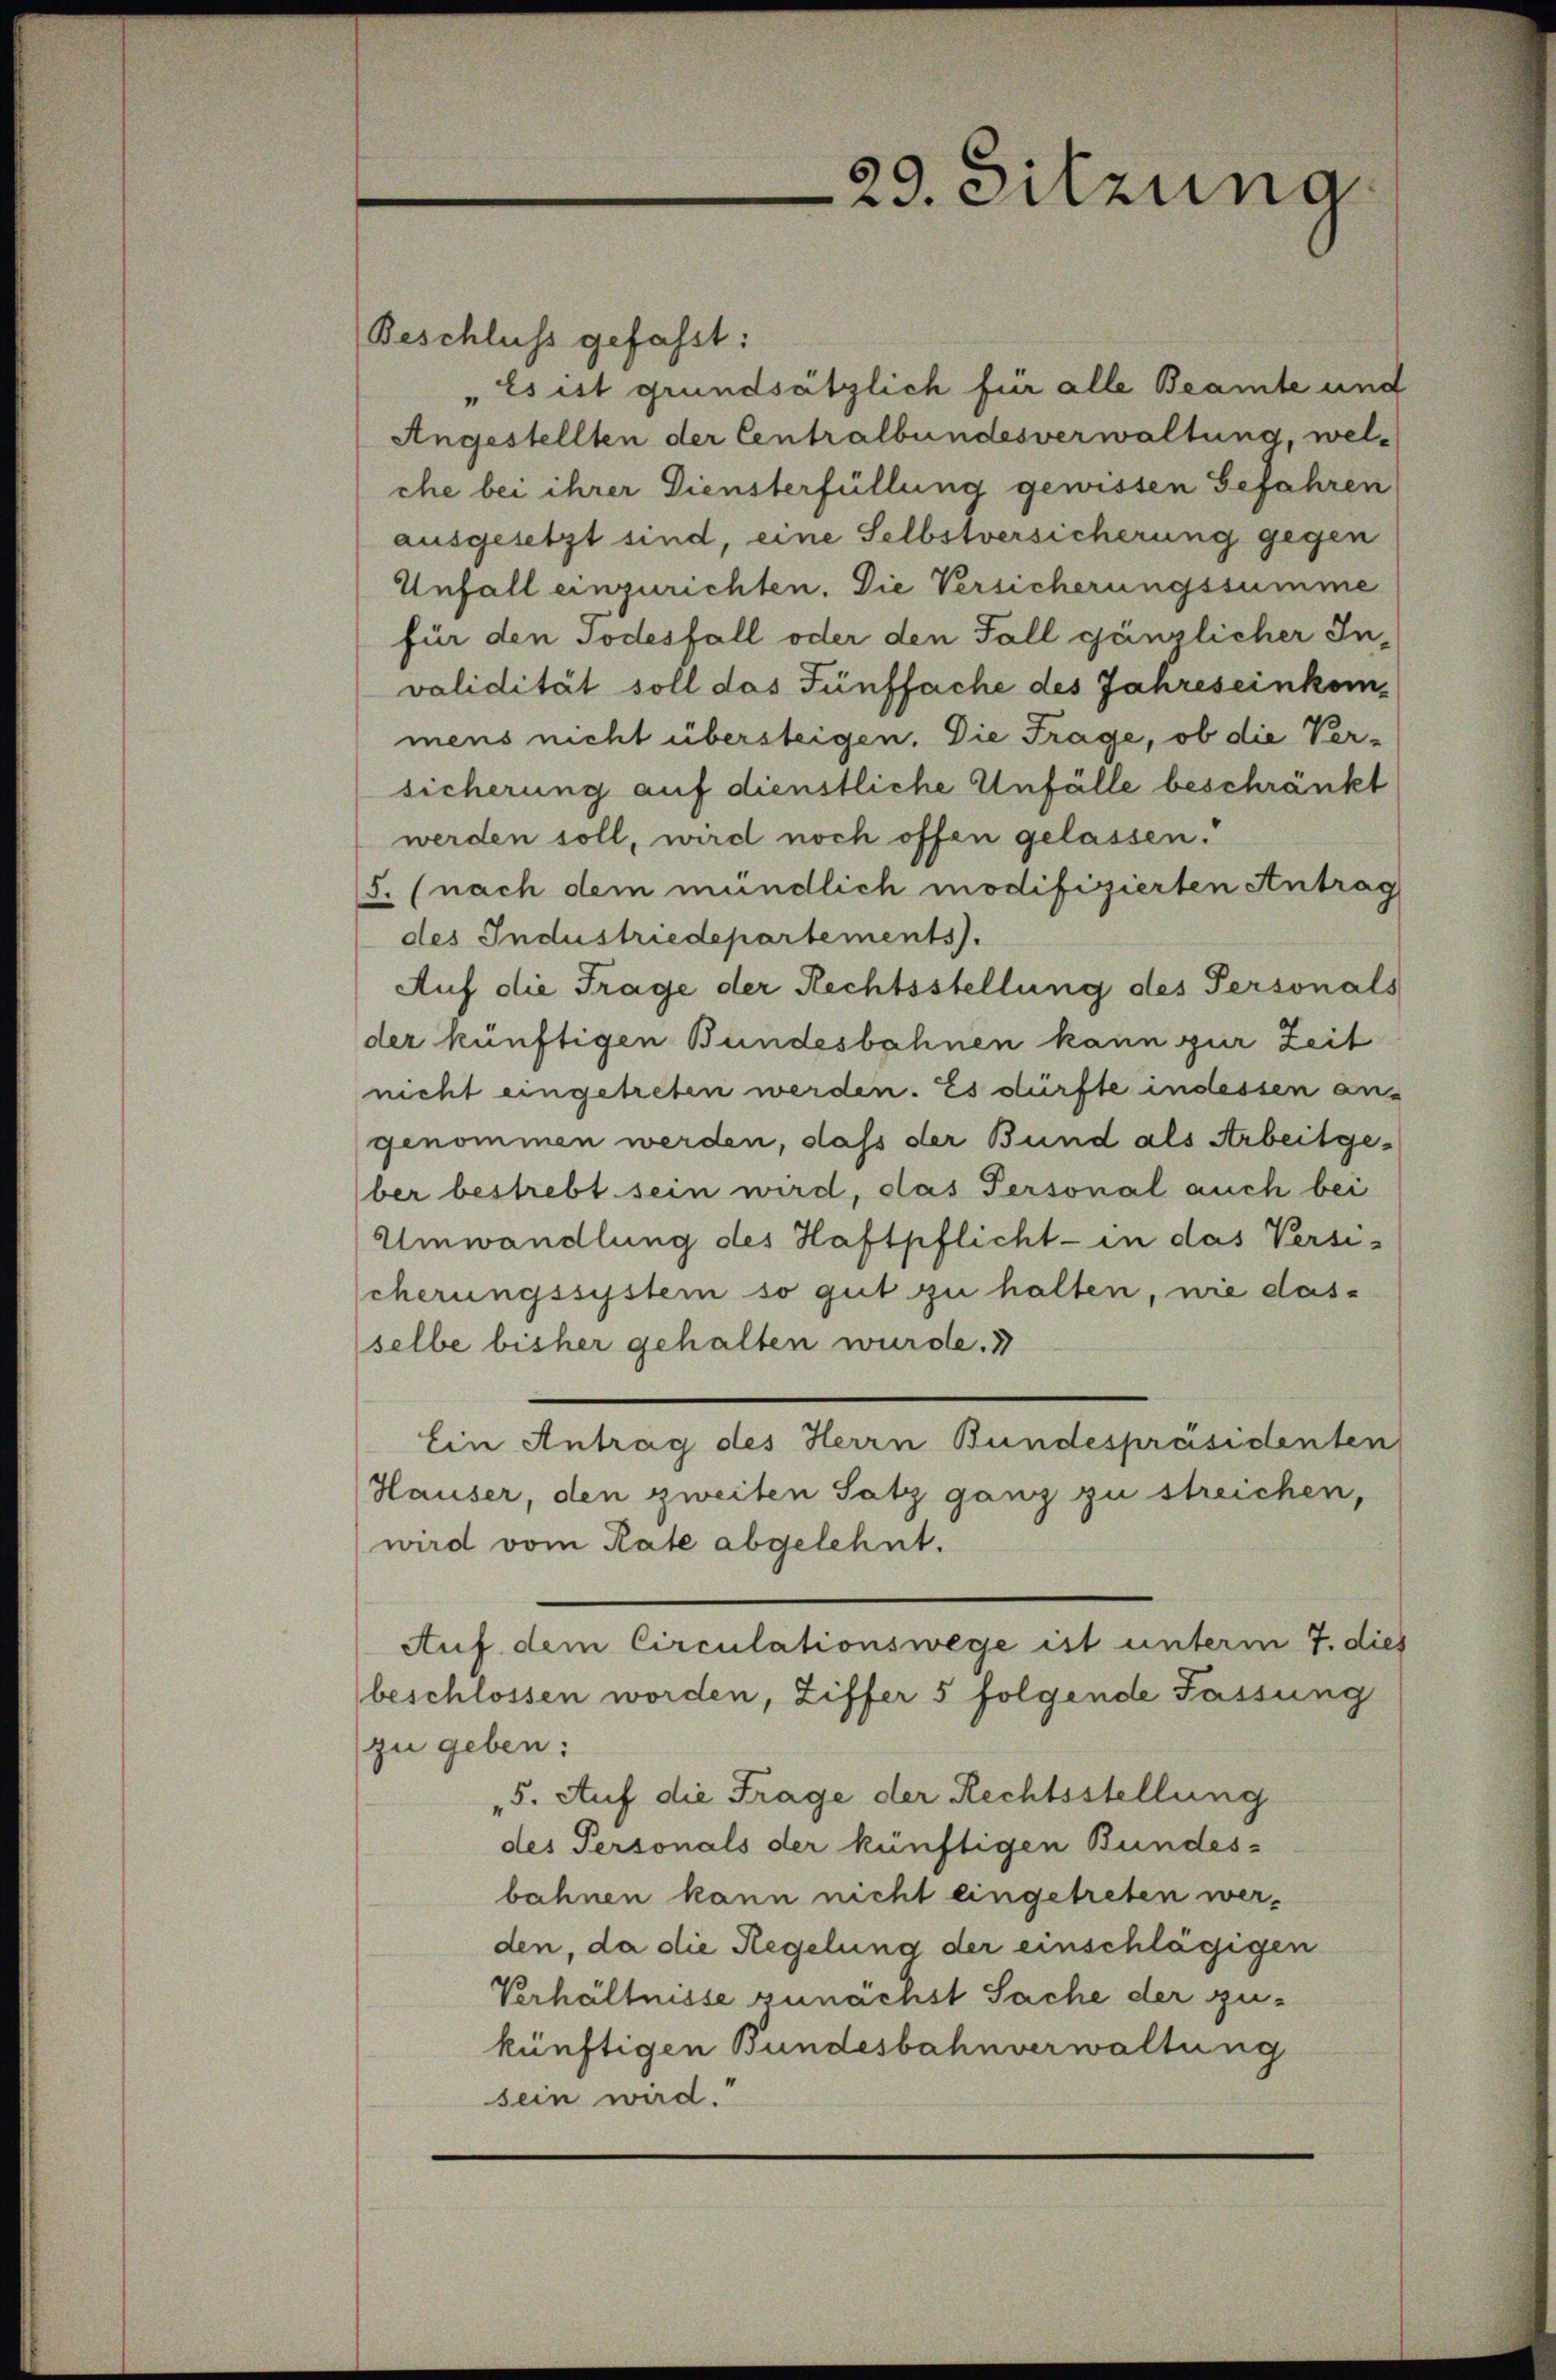
Beschluss gefasst:
Es ist grundsätzlich für alle Beamte und
Angestellten der Centralbundesverwaltung, welche bei ihrer Diensterfüllung gewissen Gefahren
ausgesetzt sind, eine Selbstversicherung gegen
Unfall einzurichten. Die Versicherungssumme
für den Todesfall oder den Fall gänzlicher In-
validität soll das Fünffache des Jahreseinkommens nicht übersteigen. Die Frage, ob die Ver-
sicherung auf dienstliche Unfälle beschränkt
werden soll, wird noch offen gelassen.
5. (nach dem mündlich modifizierten Antrag
des Industriedepartements.
Auf die Frage der Rechtsstellung des Personals
der künftigen Bundesbahnen kann zur Zeit
nicht eingetreten werden. Es dürfte indessen angenommen werden, daß der Bund als Arbeitgeber bestrebt sein wird, das Personal auch bei
Umwandlung des Haftpflicht - in das Versischerungssystem so gut zu halten, wie dasselbe bisher gehalten wurde.
Ein Antrag des Herrn Bundespräsidenten
Hauser, den zweiten Satz ganz zu streichen,
wird vom Rate abgelehnt.
Auf dem Circulationswege ist unterm 7. dies
beschlossen worden, Ziffer 5 folgende Fassung
zu geben:
5. Auf die Frage der Rechtsstellung
des Personals der künftigen Bundes-
bahnen kann nicht eingetreten werden, da die Regelung der einschlägigen
Verhältnisse zunächst Sache der zukünftigen Bundesbahnverwaltung
sein wird.

29. Sitzung